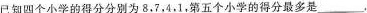
已知四个小学的得分分别为8，7，4，1，第五个小学的得分最多是___